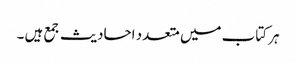
ہر کتاب میں متعدد احادیث جمع ہیں ۔